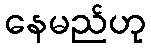
နေမည်ဟု